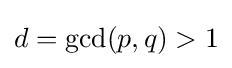
d=\gcd(p,q)>1